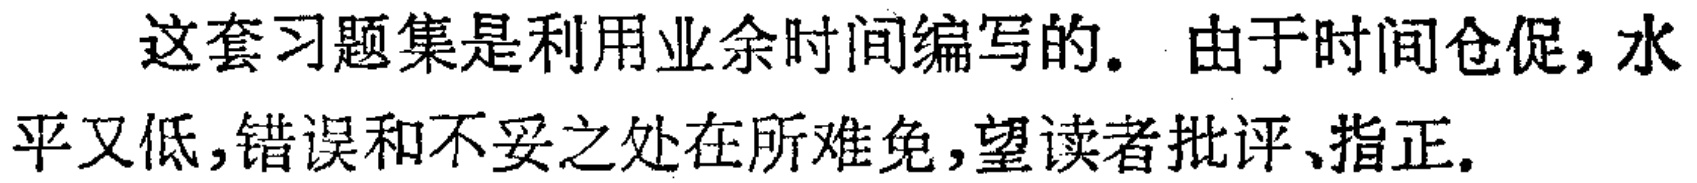
这套习题集是利用业余时间编写的. 由于时间仓促, 水平又低,错误和不妥之处在所难免,望读者批评、指正.